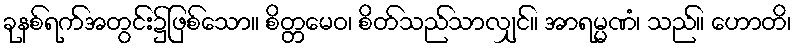
ခုနစ်ရက်အတွင်း၌ဖြစ်သော။ စိတ္တမေဝ၊ စိတ်သည်သာလျှင်။ အာရမ္မဏံ၊ သည်။ ဟောတိ၊